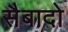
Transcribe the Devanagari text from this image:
सैबादो